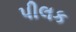
પીલક